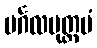
မင်္ဂလမုတ္တမံ